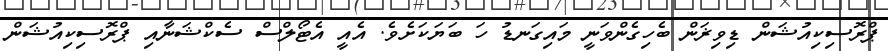
ޕްރޮސިކިއުޝަން ޑިވިޜަން ބެހިގެންވަނީ މައިގަނޑު ހަ ބަޔަކަށެވެ. އެއީ އެޓޯލްސް ސެކްޝަނާއި ޕްރޮސިކިއުޝަން